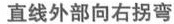
直线外部向右拐弯